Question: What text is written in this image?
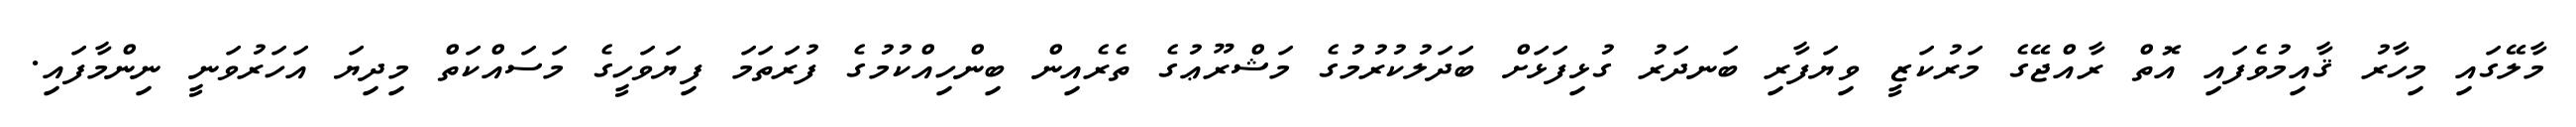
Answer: މާލޭގައި މިހާރު ޤާއިމުވެފައި އޮތް ރާއްޖޭގެ މަރުކަޒީ ވިޔަފާރި ބަނދަރު ގުޅިފަޅަށް ބަދަލުކުރުމުގެ މަޝްރޫޢުގެ ތެރެއިން ބިންހިއްކުމުގެ ފުރަތަމަ ފިޔަވަހީގެ މަސައްކަތް މިދިޔަ އަހަރުވަނީ ނިންމާފައި.